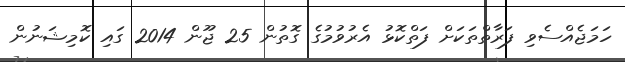
ހަމަޖެއްސެވި ފަރާތްތަކަށް ފަތްކޮޅު އެރުވުމުގެ ގޮތުން 25 ޖޫން 2014 ގައި ކޮމިޝަނުން